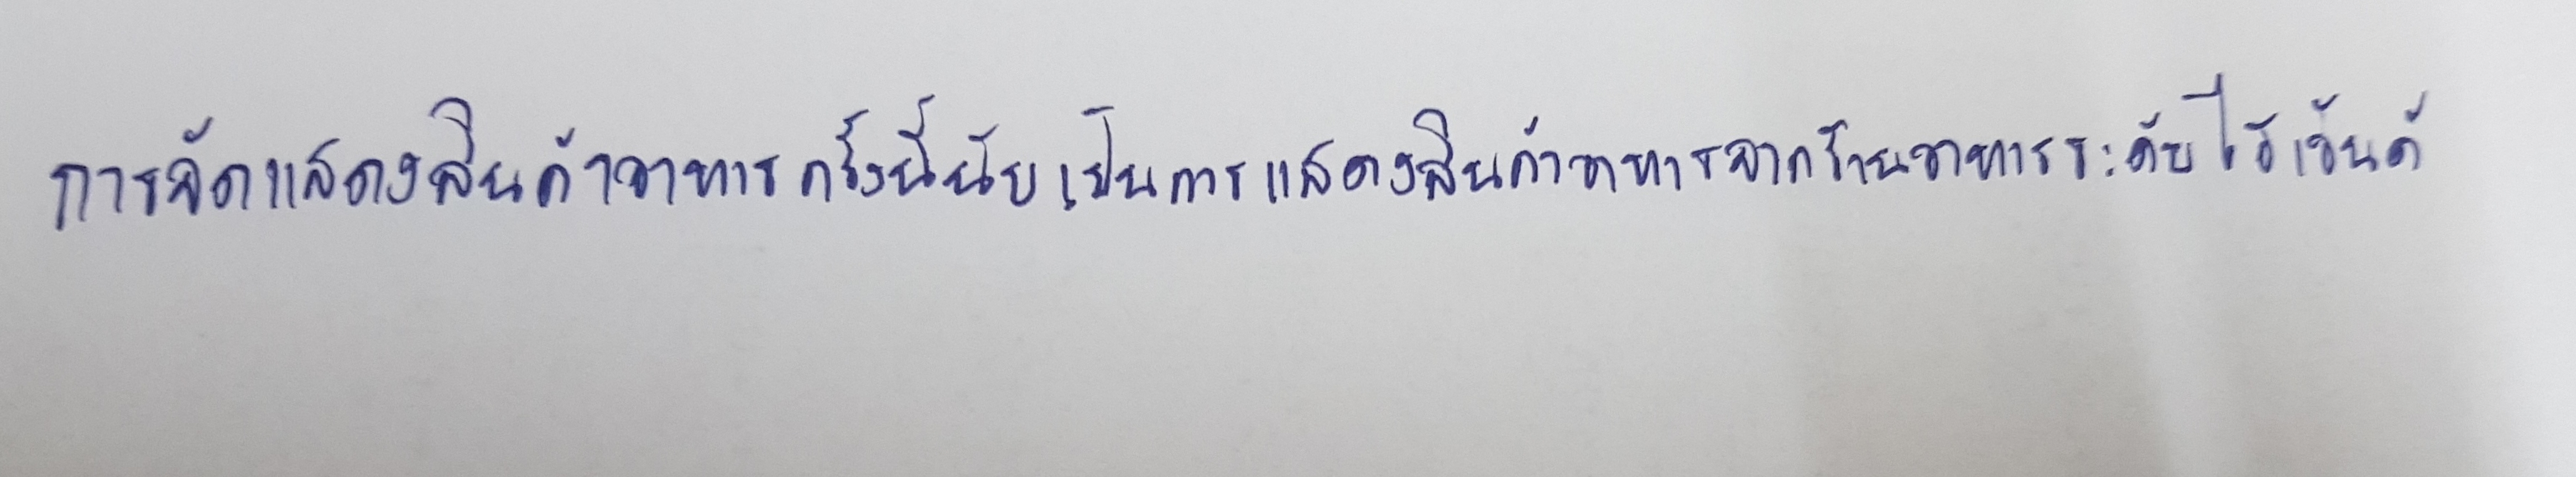
"การจัดแสดงสินค้าอาหารครั้งนี้นับเป็นการแสดงสินค้าอาหารจากร้านอาหารระดับไฮเอ็นด์